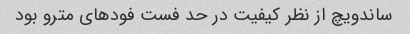
ساندویچ از نظر کیفیت در حد فست فود‌های مترو بود